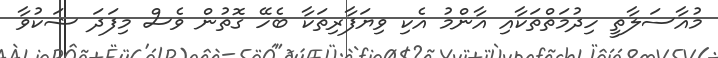
މުއާސަލާތީ ހިދުމަތްތަކާއި އާންމު އެކި ވިޔަފާރިތަކާ ބެހޭ ގޮތުން ވެސް މިފަދަ ޝަކުވާ